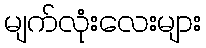
မျက်လုံးလေးများ